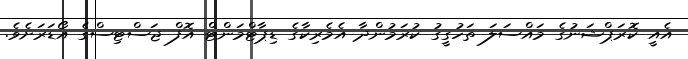
އެއީ ކޮރަޕްޝަނުގެ މައްސަލަ ތަހުގީގު ކުރަމުންދާ އެމެރިކާގެ ޑިޕާޓްމަންޓް އޮފް ޖަސްޓިސްގެ އޯޑަރަށެވެ.